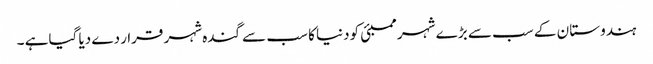
ہندوستا ن کے سب سے بڑ ے شہر ممبئی کودنیا کا سب سے گندہ شہر قرا ر دے دیا گیاہے ۔